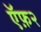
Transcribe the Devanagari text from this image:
ऍफ़२